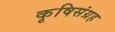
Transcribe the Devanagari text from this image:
कृषिसंग्रह